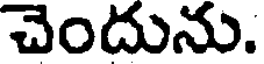
చెందును.